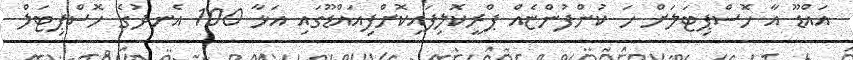
އައްޑޫ އާ ހޮސްޕިޓަލަށް ހަ ކުންފުންޏެއް ޕްރީކޮލިފައިކޮށްފިއައްޑޫގައި އަޅާ 100 އެނދުގެ ހޮސްޕިޓަލް